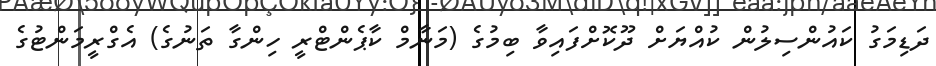
ދަޑިމަގު ކައުންސިލުން ކުއްޔަށް ދޫކޮށްފައިވާ ބިމުގެ (މަނާމް ކާޕެންޓްރީ ހިންގާ ތަނުގެ) އެގްރީމަންޓުގެ